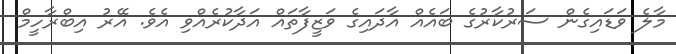
މާލެ ވަޑައިގެން ސަރުކާރުގެ ބައެއް އާދައިގެ ވަޒީފާތައް އަދާކުރެއްވި އެވެ. އޭރު އިބްރާހީމް